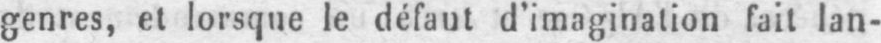
genres, et lorsque le défaut d’imagination fait lan-